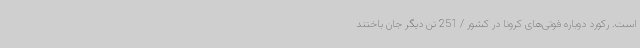
است. رکورد دوباره فوتی‌های کرونا در کشور / 251 تن دیگر جان باختند